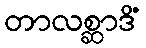
တာလစ္ဆာဒိံ